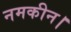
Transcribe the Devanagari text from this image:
नमकीन।